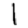
Digit: 1